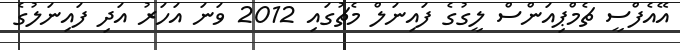
އޭއެފްސީ ޗެމްޕިއަންސް ލީގުގެ ފައިނަލް މެޗުގައި 2012 ވަނަ އަހަރު އަދި ފައިނަލުގެ